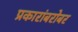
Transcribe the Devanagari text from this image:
प्रकारांबरोबर